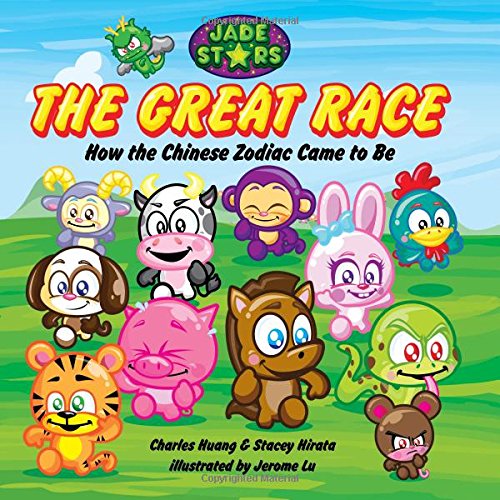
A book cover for The Great Race: How the Chinese Zodiac Came to Be (Jade Stars); Stacey Hirata; Children's Books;